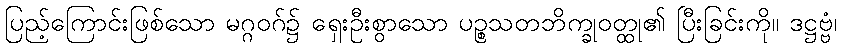
ပြည့်ကြောင်းဖြစ်သော မဂ္ဂဝဂ်၌ ရှေးဦးစွာသော ပဉ္စသတဘိက္ခုဝတ္ထု၏ ပြီးခြင်းကို။ ဒဋ္ဌဗ္ဗံ၊